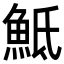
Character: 𩶅